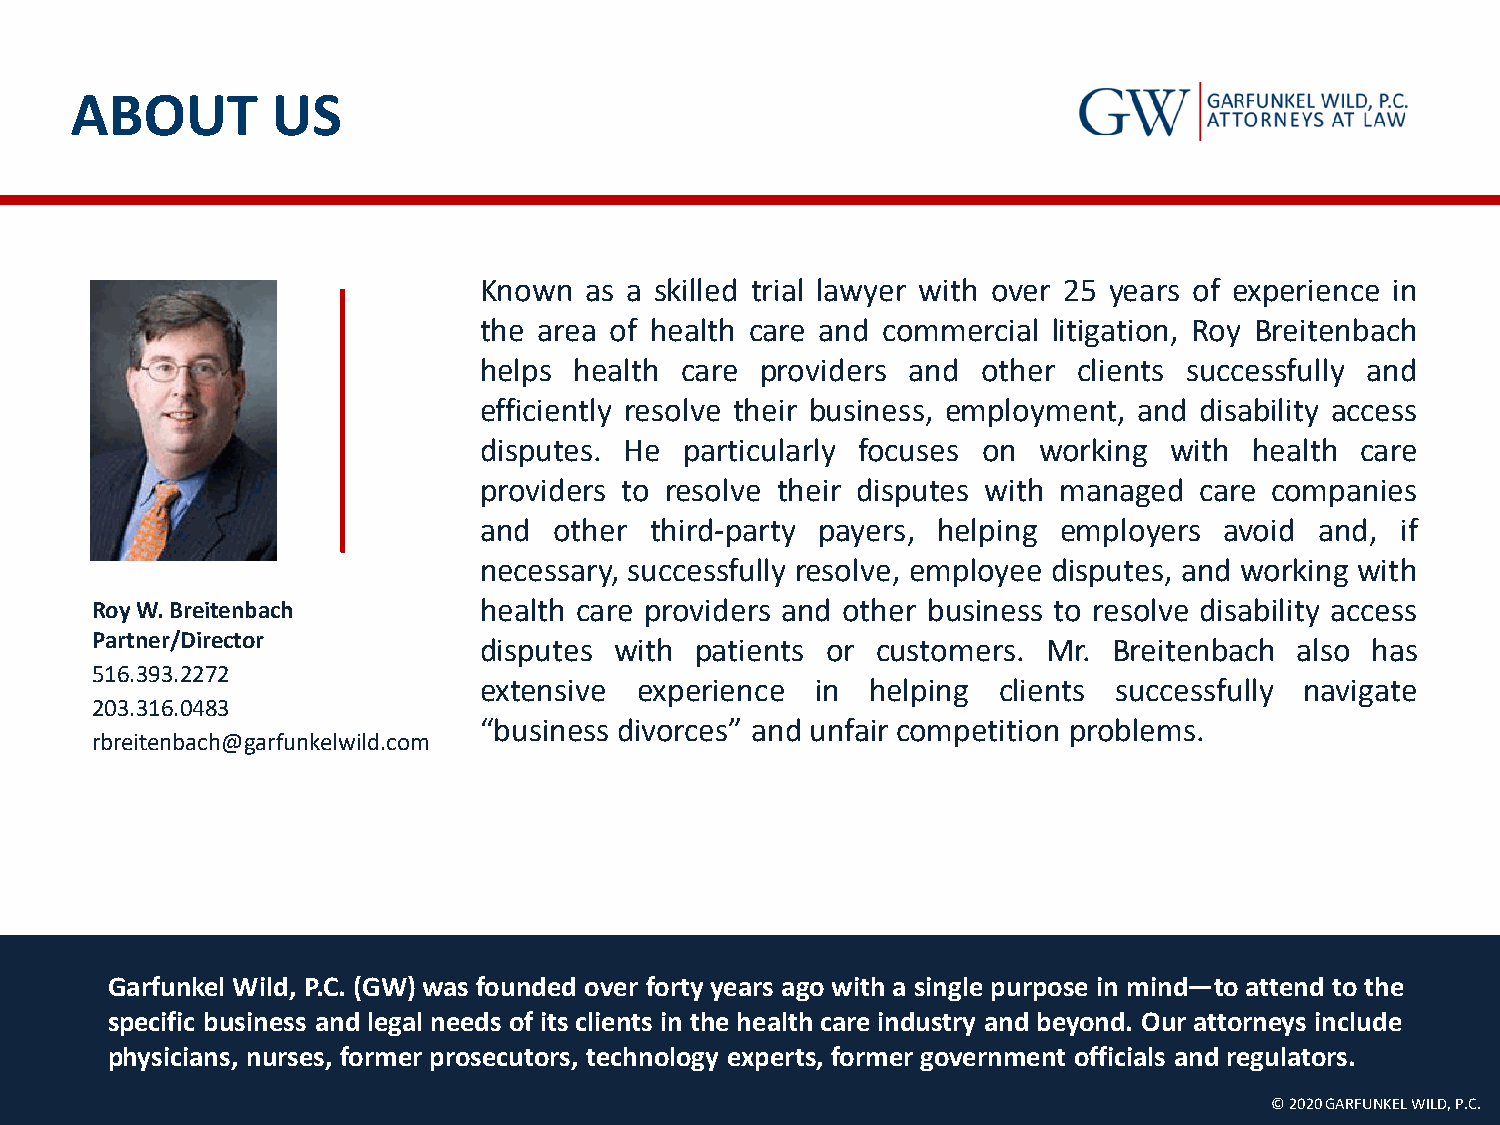
ABOUT        US
 Known  as a skilled trial lawyer with over 25 years of experience in
 the area of health care and commercial litigation, Roy Breitenbach
 helps health care providers and  other clients successfully and
 efficiently resolve their business, employment, and disability access
 disputes. He particularly focuses on working with  health care
 providers to resolve their disputes with managed care companies
 and  other third-party payers, helping employers avoid and,  if
 necessary, successfully resolve, employee disputes, and working with
 Roy W. Breitenbach        health care providers and other business to resolve disability access
 Partner/Director
 disputes with patients or customers. Mr.  Breitenbach also has
 516.393.2272
 extensive experience  in  helping clients successfully navigate
 203.316.0483
 “business divorces” and unfair competition problems.
 rbreitenbach@garfunkelwild.com
 Garfunkel Wild, P.C. (GW) was founded over forty years ago with a single purpose in mind—to attend to the
 specific business and legal needs of its clients in the health care industry and beyond. Our attorneys include
 physicians, nurses, former prosecutors, technology experts, former government officials and regulators.
 © 2020 GARFUNKEL WILD, P.C.